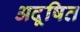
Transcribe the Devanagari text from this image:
अदूषित